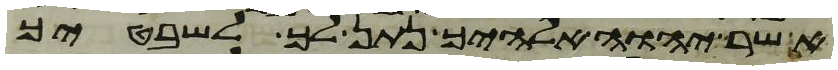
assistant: אשר יהוה אלהיך נתן לך לשבטיך